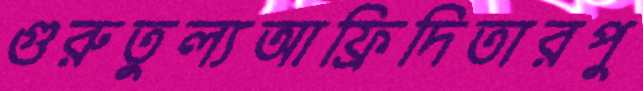
গুরুতুল্যআফ্রিদিতারপু